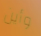
وأين